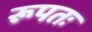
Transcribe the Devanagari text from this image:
रूपतः